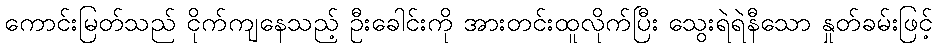
ကောင်းမြတ်သည် ငိုက်ကျနေသည့် ဦးခေါင်းကို အားတင်းထူလိုက်ပြီး သွေးရဲရဲနီသော နှုတ်ခမ်းဖြင့်